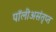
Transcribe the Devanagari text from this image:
पॉलीअसंतृप्त